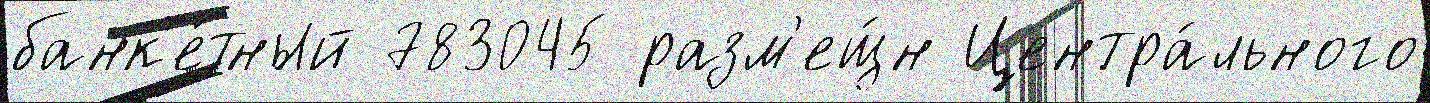
банк'е́тный 783045 разм'ещ́н Центра́льного